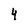
Character: 4